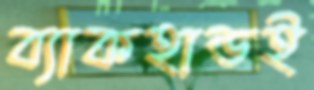
ব্যাকহান্ডই